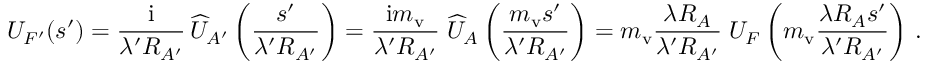
U _ { F ^ { \prime } } ( \boldsymbol s ^ { \prime } ) = { \frac { \mathrm { i } } { \lambda ^ { \prime } R _ { A ^ { \prime } } } } \, \widehat U _ { A ^ { \prime } } \left( { \frac { \boldsymbol s ^ { \prime } } { \lambda ^ { \prime } R _ { A ^ { \prime } } } } \right) = { \frac { \mathrm { i } m _ { \mathrm { v } } } { \lambda ^ { \prime } R _ { A ^ { \prime } } } } \; \widehat U _ { A } \left( { \frac { m _ { \mathrm { v } } \boldsymbol s ^ { \prime } } { \lambda ^ { \prime } R _ { A ^ { \prime } } } } \right) = m _ { \mathrm { v } } { \frac { \lambda R _ { A } } { \lambda ^ { \prime } R _ { A ^ { \prime } } } } \; U _ { F } \left( m _ { \mathrm { v } } { \frac { \lambda R _ { A } \boldsymbol s ^ { \prime } } { \lambda ^ { \prime } R _ { A ^ { \prime } } } } \right) \, .